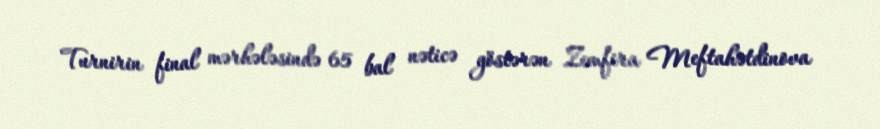
Turnirin final mərhələsində 65 bal nəticə göstərən Zemfira Meftahətdinova